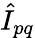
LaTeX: \hat{I}_{pq}